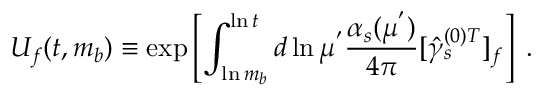
U _ { f } ( t , m _ { b } ) \equiv \exp \left[ \int _ { \ln m _ { b } } ^ { \ln t } d \ln \mu ^ { ' } { \frac { \alpha _ { s } ( \mu ^ { ' } ) } { 4 \pi } } [ { \hat { \gamma } _ { s } ^ { ( 0 ) T } } ] _ { f } \right] \; .